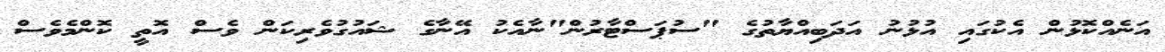
އަނެއްކޮޅުން އެކުގައި އުޅުނު އަދަބިއްޔާތުގެ "ސުޕަސްޓާރުން"ނާއެކު އޭނާގެ ޝައުގުވެރިކަން ވެސް އޮތީ ކޮންމެވެސް